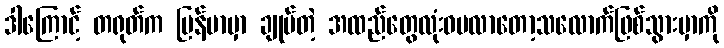
ဒါကြောင့် တရုတ်က မြန်မာမှာ ချုပ်တဲ့ အထည်တွေလုံးဝမလာတော့သလောက်ဖြစ်သွားမှာကို